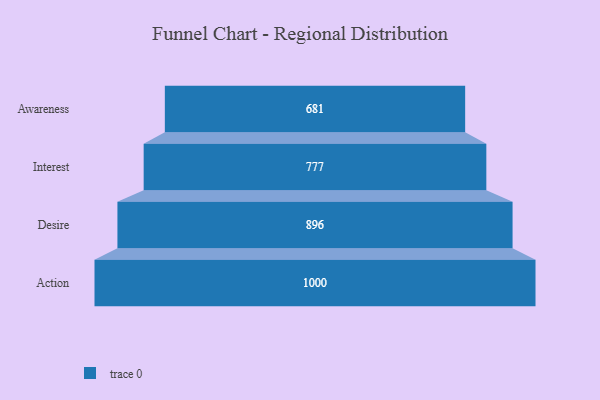
{"axis": {"x": "Stage", "y": "Value"}, "legend": [""], "data": [{"x": "Awareness", "y": 681.0, "type": ""}, {"x": "Interest", "y": 777.0, "type": ""}, {"x": "Desire", "y": 896.0, "type": ""}, {"x": "Action", "y": 1000.0, "type": ""}]}